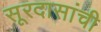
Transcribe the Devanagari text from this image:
सूरदासांची